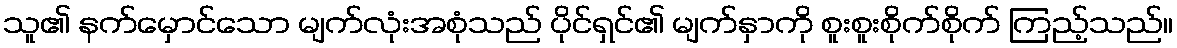
သူ၏ နက်မှောင်သော မျက်လုံးအစုံသည် ပိုင်ရှင်၏ မျက်နှာကို စူးစူးစိုက်စိုက် ကြည့်သည်။